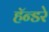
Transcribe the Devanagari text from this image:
हॅन्डरे